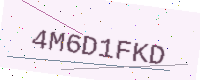
Text: 4M6D1FKD